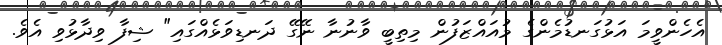
އެހެންވީމަ އަޅުގަނޑުމެންގެ މުއައްޒަފުން މިތިބީ ވާނުނާ ނޭގޭ ދަނޑިވަޅެއްގައި" ޝިފާ ވިދާޅުވި އެވެ.